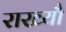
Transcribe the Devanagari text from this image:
राख्यौ